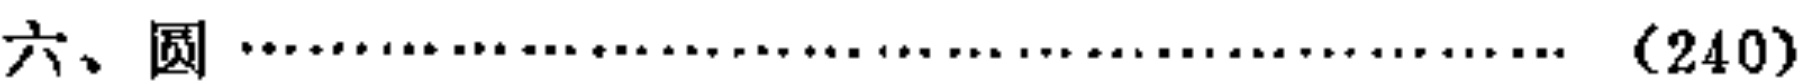
六、圆………………………………………（240）